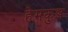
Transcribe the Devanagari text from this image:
हेमकुञ्ज